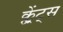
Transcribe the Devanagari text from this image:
क्ल्रेंट्स